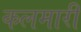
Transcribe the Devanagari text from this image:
कलमारी